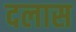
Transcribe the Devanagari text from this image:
दलास